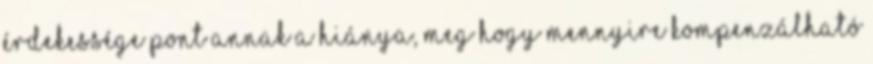
érdekessége pont annak a hiánya, meg hogy mennyire kompenzálható